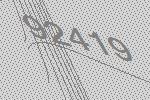
92419